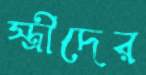
স্ত্রীদের